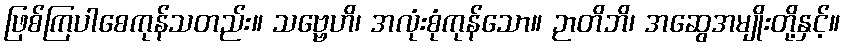
ဖြစ်ကြပါစေကုန်သတည်း။ သဗ္ဗေဟိ၊ အလုံးစုံကုန်သော။ ဉာတိဘိ၊ အဆွေအမျိုးတို့နှင့်။